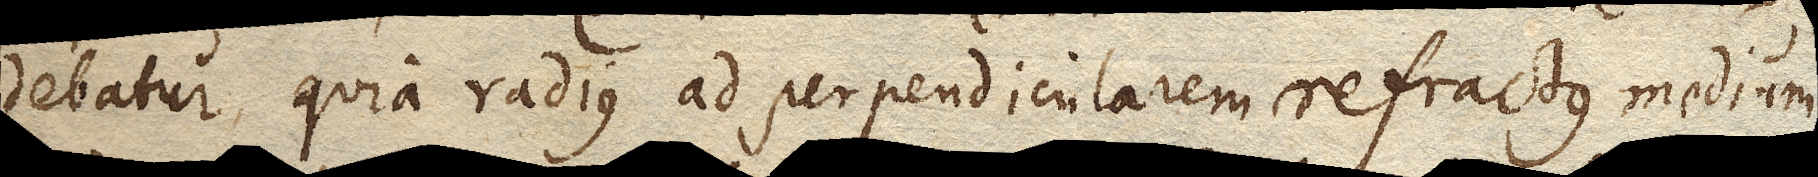
debatur, quia radius ad perpendicularem refractus medium